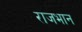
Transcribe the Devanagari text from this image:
राजभान